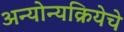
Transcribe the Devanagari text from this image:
अन्योन्यक्रियेचे